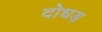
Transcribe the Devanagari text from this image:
दोधड़